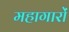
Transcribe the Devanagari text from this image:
महागारों